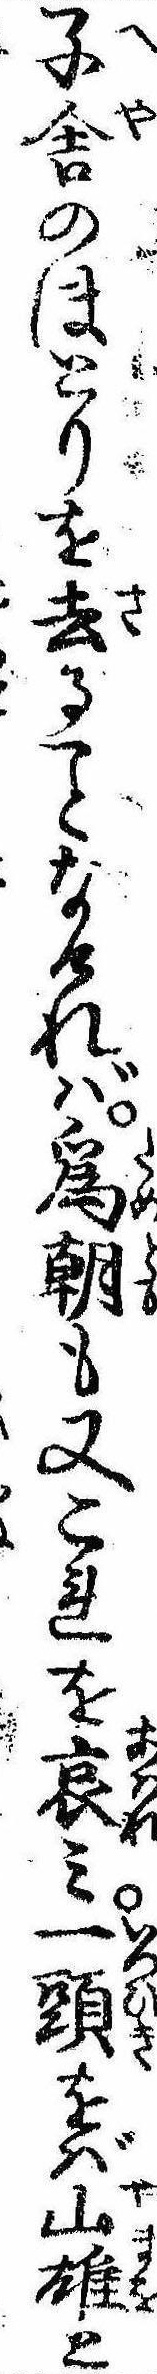
子舎のほとりを去るなければ為朝も又これを哀み一頭をば山雄と